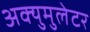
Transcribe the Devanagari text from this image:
अक्युमुलेटर